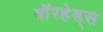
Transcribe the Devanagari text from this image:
वाॅरहेड्स